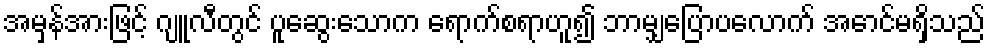
အမှန်အားဖြင့် ဂျူလီတွင် ပူဆွေးသောက ရောက်စရာဟူ၍ ဘာမျှပြောပလောက် အောင်မရှိသည်